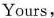
Yours，